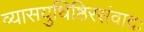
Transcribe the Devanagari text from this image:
व्यासयुधिष्ठिरसंवादः